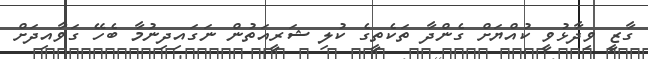
ގާޒީ ވިދާޅުވީ ކުއްޔަށް ގެންދާ ތަކެތީގެ ކުލި ޝަރީއަތުން ނަގައިދިނުމާ ބެހޭ ގަވާއިދަށް